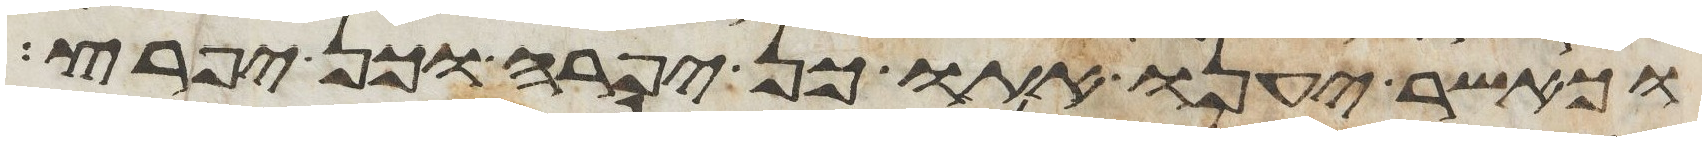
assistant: וכאשר יענו אתו כן יפרה וכן יפרץ